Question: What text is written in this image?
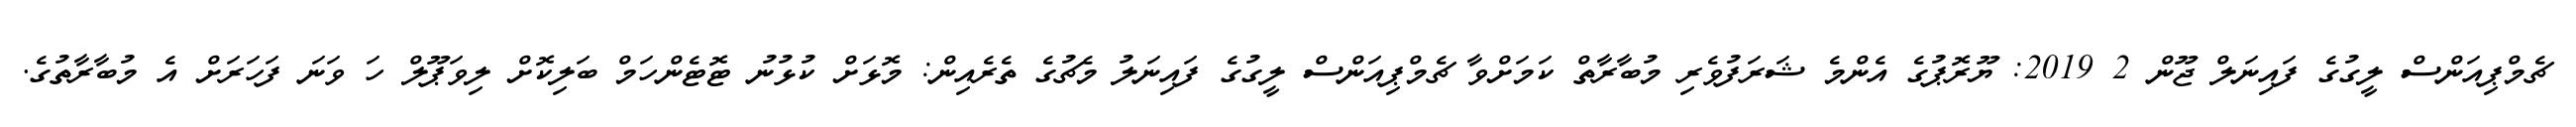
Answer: ޗެމްޕިއަންސް ލީގުގެ ފައިނަލް ޖޫން 2 2019: ޔޫރޮޕުގެ އެންމެ ޝަރަފުވެރި މުބާރާތް ކަމަށްވާ ޗެމްޕިއަންސް ލީގުގެ ފައިނަލު މެޗުގެ ތެރެއިން: މޮޅަށް ކުޅުނު ޓޮޓެންހަމް ބަލިކޮށް ލިވަޕޫލް ހަ ވަނަ ފަހަރަށް އެ މުބާރާތުގެ.